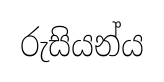
රුසියන්ය